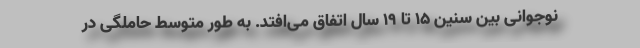
نوجوانی بین سنین ۱۵ تا ۱۹ سال اتفاق می‌افتد. به طور متوسط حاملگی در